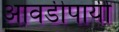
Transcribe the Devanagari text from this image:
आवडीपायी